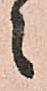
々